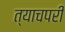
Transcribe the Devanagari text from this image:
त्याचपरी